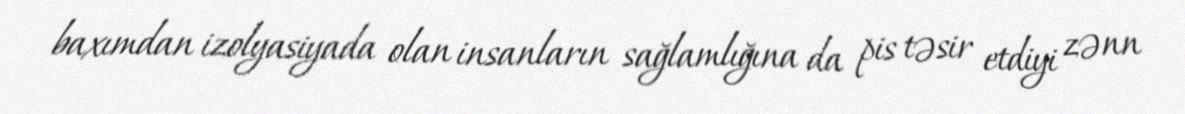
baxımdan izolyasiyada olan insanların sağlamlığına da pis təsir etdiyi zənn